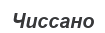
Чиссано